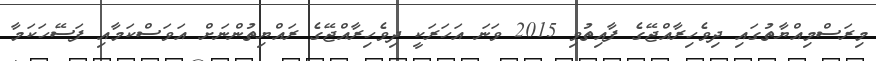
މިރަސްމިއްޔާތުގައި ދިވެހިރާއްޖޭގެ ފާއިތުވި 2015 ވަނަ އަހަރަކީ ދިވެހިރާއްޖޭގެ ރައްޔިތުންނަށް އަވަސްކަމާއި ފަސޭހަކަމާ